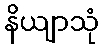
နိယျာသုံ